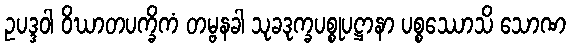
ဥပဒ္ဒဝါ ဝိဃာတပက္ခိကံ တမ္ဗနခါ သုခဒုက္ခပစ္စုပဋ္ဌာနာ ပစ္စဿောသိ သောဏ